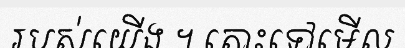
របស់យើង ។ តោះទៅមើល